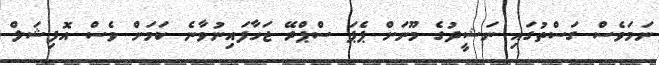
ނަމަވެސް ގަސްތުގައި ނަޝީދުގެ މޫނަށް ޕެޕަ ސްޕްރޭ ޖަހާފައިނުވާނެ ކަމަށް ވެސް އޮފިޝަލް